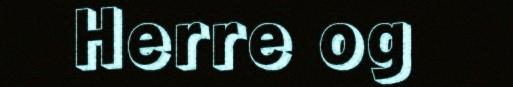
Herre og